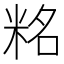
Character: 䊅